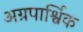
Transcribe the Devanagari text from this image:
अग्रपार्श्विक